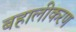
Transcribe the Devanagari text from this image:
बहालीकरण